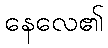
နေလေ၏